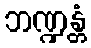
ဘဏ္ဍန္တံ